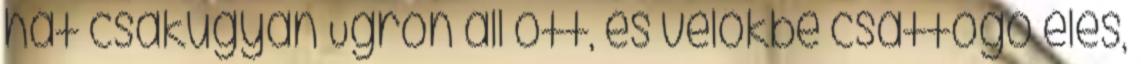
hát csakugyan Ugron áll ott, és velőkbe csattogó éles,